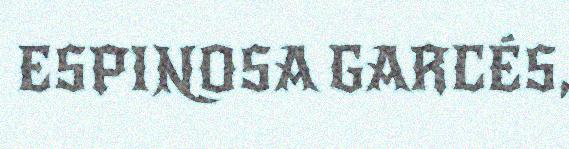
ESPINOSA GARCÉS,